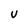
Character: U